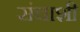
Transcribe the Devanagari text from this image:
संचाशी